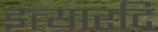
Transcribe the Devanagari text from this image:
इत्यारदि